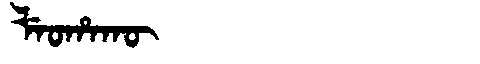
Manchu: ᠯᡝᠣᡥᠠᡴᡡ
Romanization: LEOHAKŪ